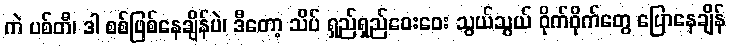
ကဲ ပစ်တီ၊ ဒါ စစ်ဖြစ်နေချိန်ပဲ၊ ဒီတော့ သိပ် ရှည်ရှည်ဝေးဝေး သွယ်သွယ် ဝိုက်ဝိုက်တွေ ပြောနေချိန်